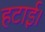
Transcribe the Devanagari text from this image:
हटाई।